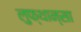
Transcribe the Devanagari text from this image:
लुफ्थान्सा